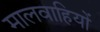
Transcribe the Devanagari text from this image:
मालवाहियों